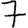
Digit: 7